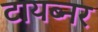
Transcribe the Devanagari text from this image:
टायब्नर